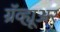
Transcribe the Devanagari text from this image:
ग्रॅव्ह्यूअर